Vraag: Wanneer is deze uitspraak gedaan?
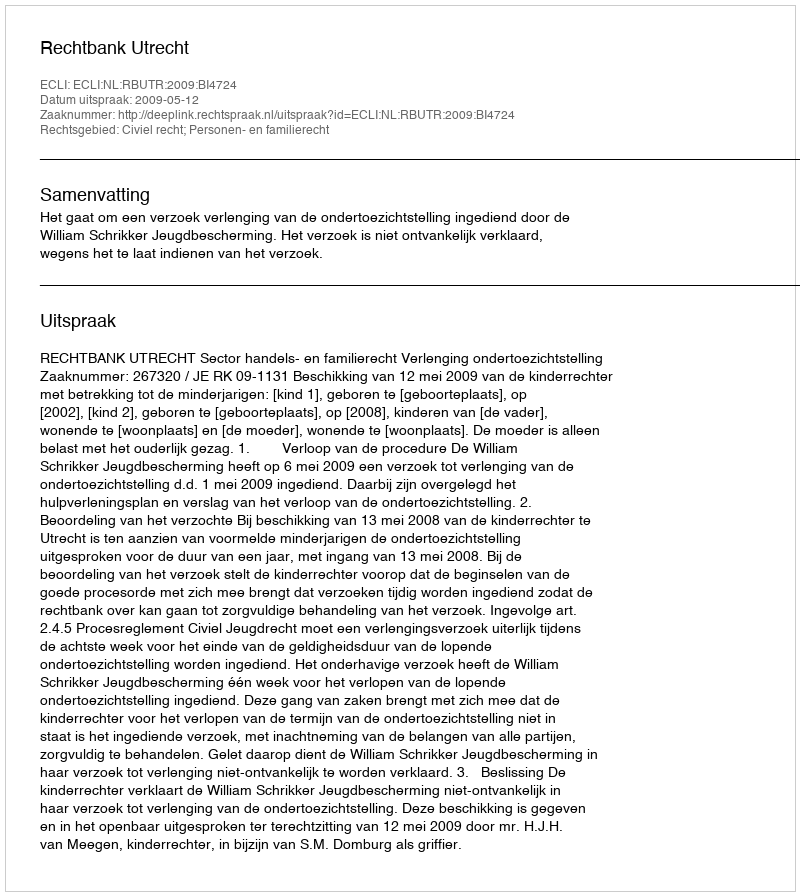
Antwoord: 2009-05-12